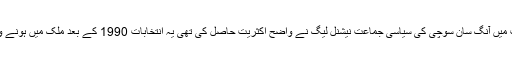
گزشتہ سال ہونے والے انتخابات میں آنگ سان سوچی کی سیاسی جماعت نیشنل لیگ نے واضح اکثریت حاصل کی تھی یہ انتخابات 1990 کے بعد ملک میں ہونے والے پہلے آزادنہ انتخابات تھے۔